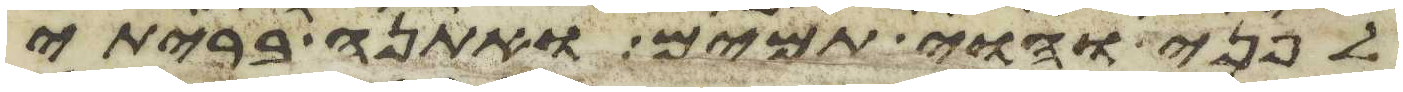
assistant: לפני והוי תמים ואתנה בריתי